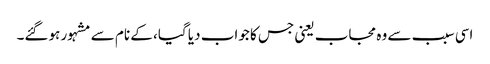
اسی سبب سے وہ مجاب یعنی جس کا جواب دیا گیا، کے نام سے مشہور ہوگئے۔